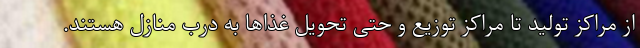
از مراکز تولید تا مراکز توزیع و حتی تحویل غذاها به درب منازل هستند.